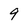
Character: 9